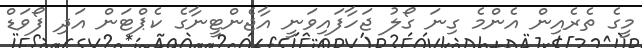
މީގެ ތެރެއިން އެންމެ ގިނަ ގޯލު ޖަހާފައިވަނީ އާޖެންޓީނާގެ ކެޕްޓަން އަދި ފޯވަޑް